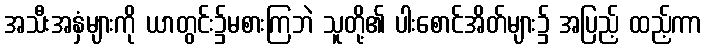
အသီးအနှံများကို ယာတွင်း၌မစားကြဘဲ သူတို့၏ ပါးစောင်အိတ်များ၌ အပြည့် ထည့်ကာ